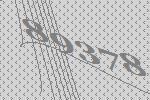
89378